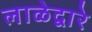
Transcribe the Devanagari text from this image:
लाळेद्वारे